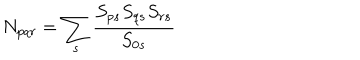
LaTeX: N _ { p q r } = \sum _ { s } \frac { S _ { p s } S _ { q s } S _ { r s } } { S _ { 0 s } }